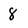
Character: 8